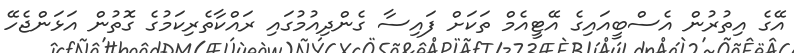
އޭގެ އިތުރުން އެސްބީއައިގެ އޭޓީއެމް ތަކަށް ފައިސާ ގެންދިއުމުގައި ރައްކާތެރިކަމުގެ ގޮތުން އަޅަންޖެހޭ